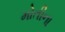
મોતીના